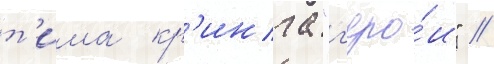
т'има кр'инга "г'еро́и" //